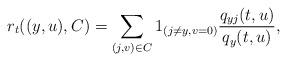
LaTeX: \begin{align*}r_t((y,u),C)&=\sum_{(j,v)\in C}1_{(j\neq y,v=0)}\frac{q_{yj}(t,u)}{q_{y}(t,u)},\end{align*}